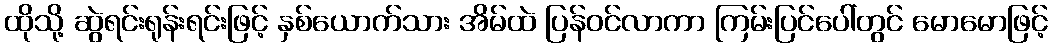
ထိုသို့ ဆွဲရင်းရုန်းရင်းဖြင့် နှစ်ယောက်သား အိမ်ထဲ ပြန်ဝင်လာကာ ကြမ်းပြင်ပေါ်တွင် မောမောဖြင့်